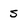
Character: S